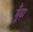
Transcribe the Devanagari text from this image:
ढूँंढ़ा